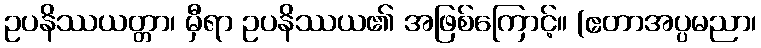
ဥပနိဿယတ္တာ၊ မှီရာ ဥပနိဿယ၏ အဖြစ်ကြောင့်။ (ဧတာအပ္ပမညာ၊